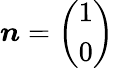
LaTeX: \boldsymbol{n}=\left(\begin{array}{l}{1}\\ {0}\end{array}\right)